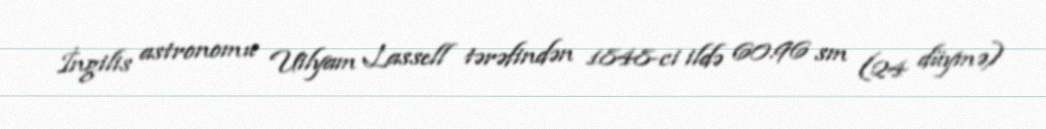
İngilis astronomu Uilyam Lassell tərəfindən 1848-ci ildə 60.96 sm (24 düymə)